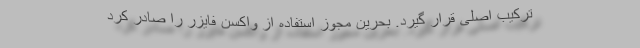
ترکیب اصلی قرار گیرد. بحرین مجوز استفاده از واکسن فایزر را صادر کرد